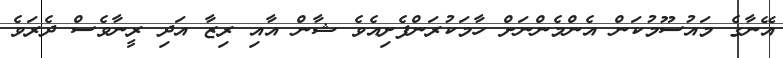
އޭނާގެ މައުސޫމުކަން އެންމެންނަށް ހާމަކުރަންފެށިއެވެ ޝާން އާއި ރިޒާ އަދި ރީނާވެސް ދެރަވެ